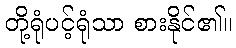
တို့ရုံပင့်ရုံသာ စားနိုင်၏။